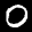
Label: 0